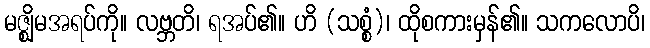
မဇ္ဈိမအရပ်ကို။ လဗ္ဘတိ၊ ရအပ်၏။ ဟိ (သစ္စံ)၊ ထိုစကားမှန်၏။ သကလောပိ၊